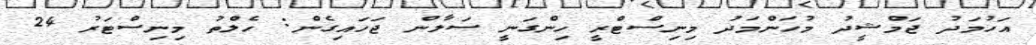
އަހުމަދު ޖަމްޝީދު މުހަންމަދު މިނިސްޓްރީ ހިންގަނީ ސަލާން ޖަހައިގެން: ހެލްތު މިނިސްޓަރު 24